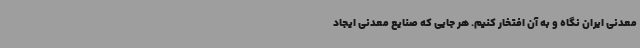
معدنی ایران نگاه و به آن افتخار کنیم. هر جایی که صنایع معدنی ایجاد